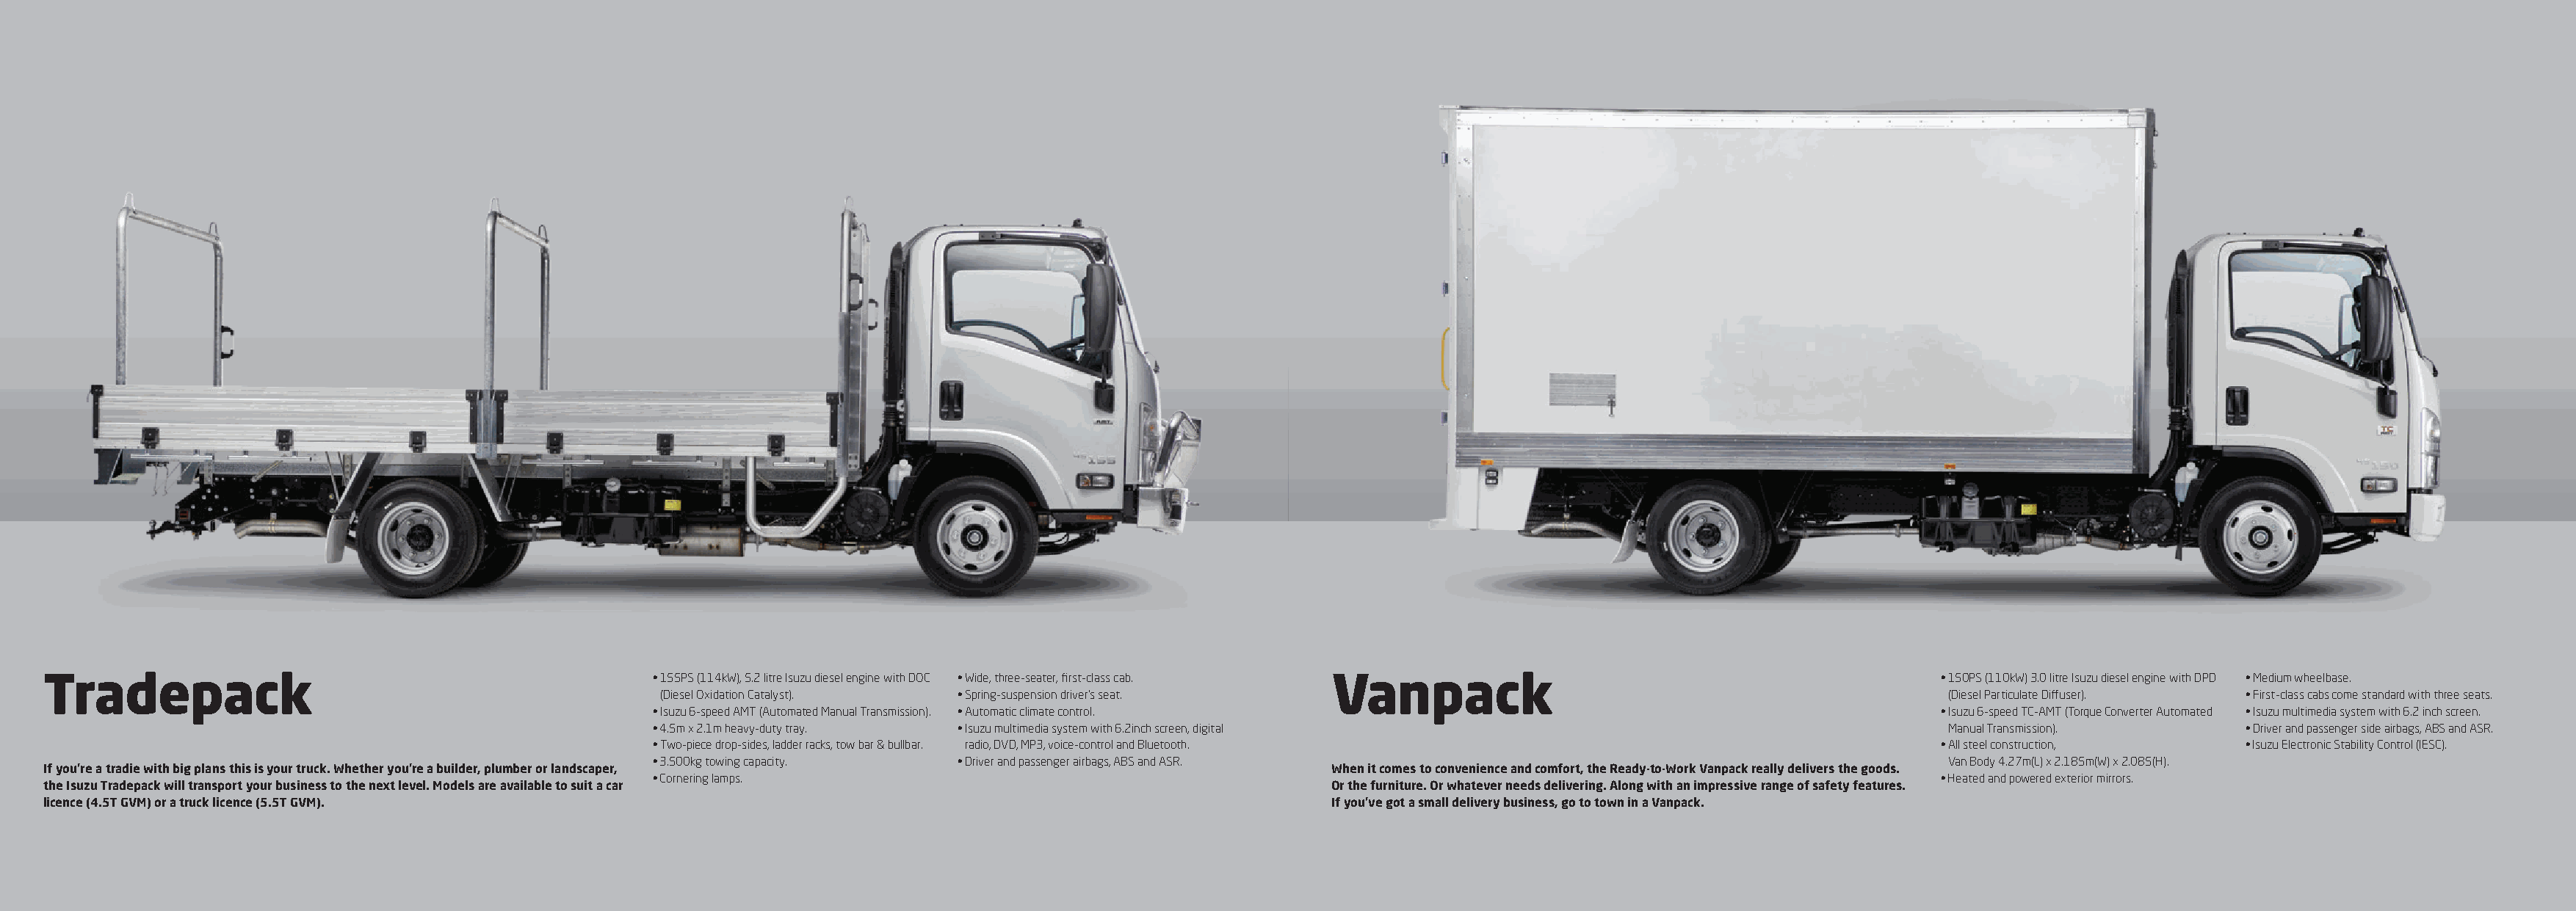
Tradepack                                              • 155PS (114kW), 5.2 litre Isuzu diesel engine with DOC • Wide, three-seater, first-class cab. Vanpack              • 150PS (110kW) 3.0 litre Isuzu diesel engine with DPD • Medium wheelbase.
 (Diesel Oxidation Catalyst). • Spring-suspension driver’s seat.                                                     (Diesel Particulate Diffuser). • First-class cabs come standard with three seats.
 • Isuzu 6-speed AMT (Automated Manual Transmission). • Automatic climate control.                                   • Isuzu 6-speed TC-AMT (Torque Converter Automated • Isuzu multimedia system with 6.2 inch screen.
 • 4.5m x 2.1m heavy-duty tray. • Isuzu multimedia system with 6.2inch screen, digital                                Manual Transmission).     • Driver and passenger side airbags, ABS and ASR.
 • Two-piece drop-sides, ladder racks, tow bar & bullbar. radio, DVD, MP3, voice-control and Bluetooth.              • All steel construction,  • Isuzu Electronic Stability Control (IESC).
 • 3.500kg towing capacity. • Driver and passenger airbags, ABS and ASR.                                              Van Body 4.27m(L) x 2.185m(W) x 2.085(H).
 If you’re a tradie with big plans this is your truck. Whether you’re a builder, plumber or landscaper,              When it comes to convenience and comfort, the Ready-to-Work Vanpack really delivers the goods.
 • Cornering lamps.                                                                                                  • Heated and powered exterior mirrors.
 the Isuzu Tradepack will transport your business to the next level. Models are available to suit a car              Or the furniture. Or whatever needs delivering. Along with an impressive range of safety features.
 licence (4.5T GVM) or a truck licence (5.5T GVM).                                                                   If you’ve got a small delivery business, go to town in a Vanpack.